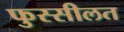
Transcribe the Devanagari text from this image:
फुस्सीलत